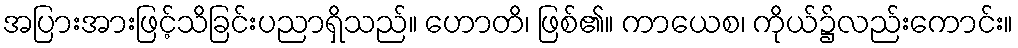
အပြားအားဖြင့်သိခြင်းပညာရှိသည်။ ဟောတိ၊ ဖြစ်၏။ ကာယေစ၊ ကိုယ်၌လည်းကောင်း။